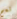
نعم